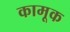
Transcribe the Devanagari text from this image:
कामूक